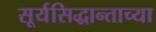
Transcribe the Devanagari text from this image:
सूर्यसिद्धान्ताच्या